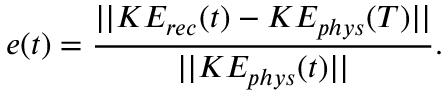
e ( t ) = \frac { | | K E _ { r e c } ( t ) - K E _ { p h y s } ( T ) | | } { | | K E _ { p h y s } ( t ) | | } .